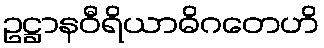
ဥဋ္ဌာနဝီရိယာဓိဂတေဟိ